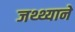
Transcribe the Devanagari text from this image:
जथ्थ्याने